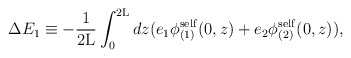
\begin{align*}\Delta E_1 \equiv - \frac{1}{2{\rm L}} \int_0^{2{\rm L}} dz(e_1 {\phi}_{(1)}^{\rm self}(0,z) + e_2 {\phi}_{(2)}^{\rm self}(0,z)),\end{align*}